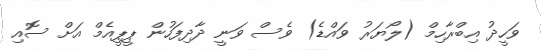
ވަހީދު އިބްރާހިމް (ލޯޔަރު ވައްޑެ) ވެސް ވަނީ ދާދިފަހުން ޕީޕީއެމް އަށް ސޮއި